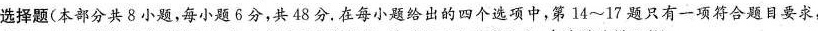
选择题(本部分共8小题，每小题6分，共48分。在每小题给出的四个选项中，第14~17题只有一项符合题目要求，